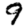
Digit: 9